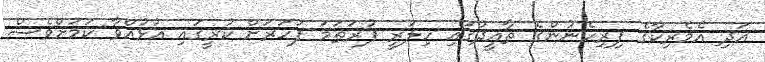
އަދި އެމެރިކާގެ ފިރިހެނުންގެ ތާއީދުގައި ހިލަރީ ފުރަތަމަ ފަހަރަށް ކުރީގައި އުޅުއްވާ ކަމަށްވެސް